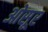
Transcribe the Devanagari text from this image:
ओसूर